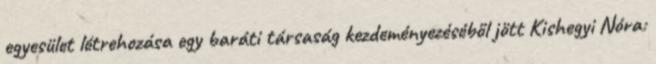
egyesület létrehozása egy baráti társaság kezdeményezéséből jött Kishegyi Nóra: